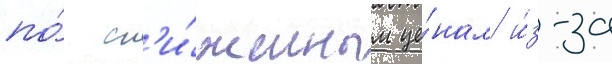
по́ сн'и́женным це́нам и́з-за